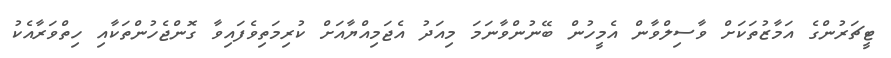
ޓީޗަރުންގެ އަމާޒުތަކަށް ވާސިލްވާން އެމީހުން ބޭނުންވާނަމަ މިއަދު އެޖަމިއްޔާއަށް ކުރިމަތިވެފައިވާ ގޮންޖެހުންތަކާއި ހިތްވަރާއެކު